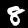
Digit: 8